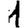
Digit: 1